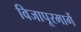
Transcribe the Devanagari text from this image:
विजापूरमार्गे